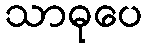
သာဓုပေ